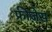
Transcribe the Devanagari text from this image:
फ्रीज़ेस